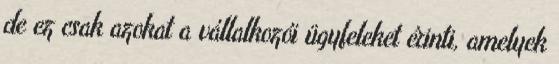
de ez csak azokat a vállalkozói ügyfeleket érinti, amelyek